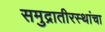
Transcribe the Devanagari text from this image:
समुद्रातीरस्थांचा